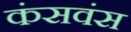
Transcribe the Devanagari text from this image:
कंसवंस